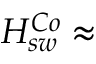
H _ { s w } ^ { C o } \approx